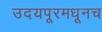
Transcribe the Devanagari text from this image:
उदयपूरमधूनच